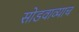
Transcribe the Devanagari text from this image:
सोडवाव्याच